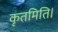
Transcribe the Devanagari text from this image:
कृतमिति।